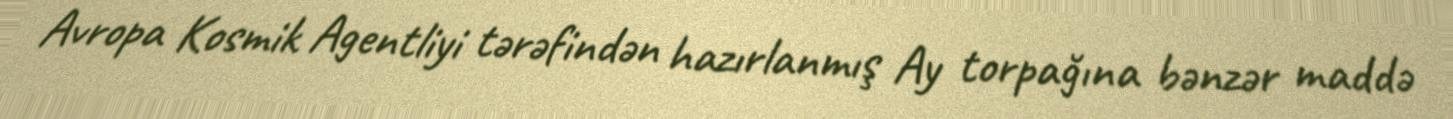
Avropa Kosmik Agentliyi tərəfindən hazırlanmış Ay torpağına bənzər maddə